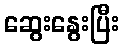
ဆွေးနွေးပြီး